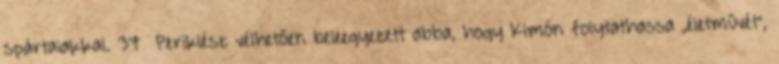
spártaiakkal. 37 Periklész vélhetően beleegyezett abba, hogy Kimón folytathassa „életművét”,